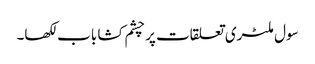
سول ملٹری تعلقات پر چشم کشا باب لکھا۔